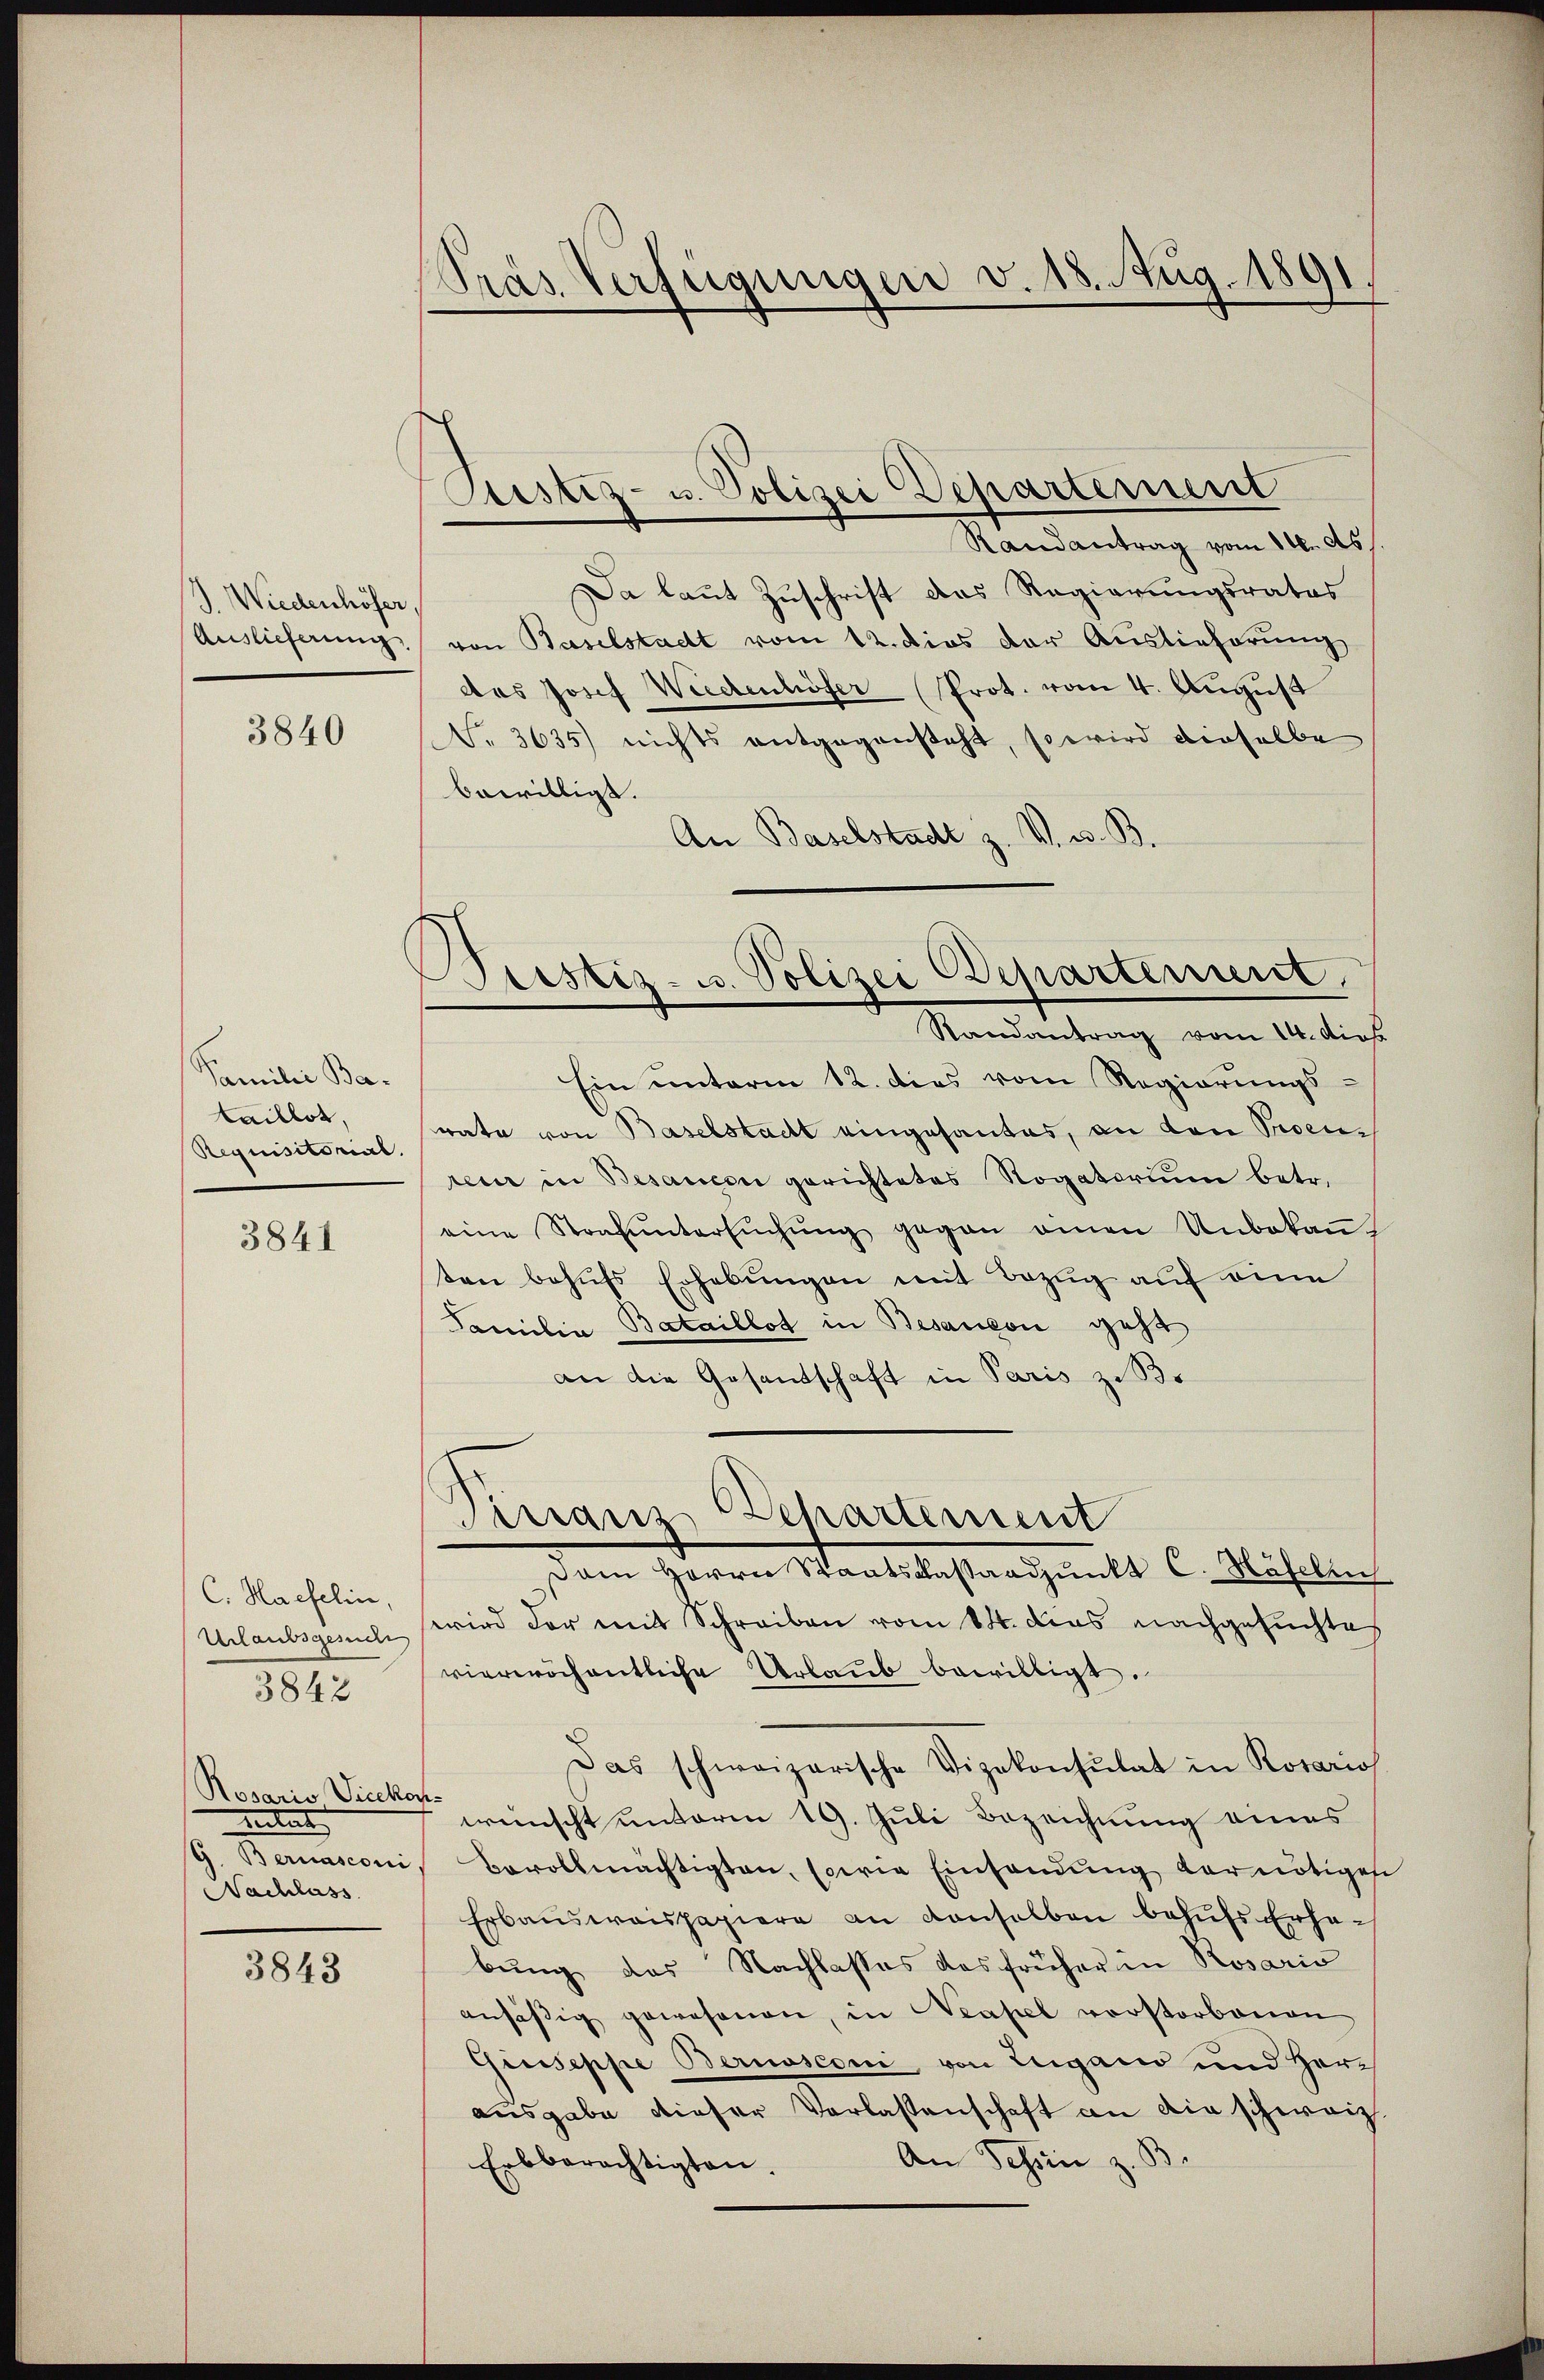
1. Wiedenhöher.
Auslieferung

3840

Familie Bataillot,
Requisitorial.

3841

C. Haefelin,
Urlaubsgesuch
3842

Rosario Vicekons
nitat
G. Bernasconi
Nachlass

3843

Pras Verfügungen v. 18. Aug. 1891

Stistiz- u. Polizei Departement

Pristiz- u. Polizei Departement,

Randantrag vom 14. ds.
Da laut Zuschrift das Regierungsrates
von Baselstadt vom 12. dies der Auslieferung
das Josef Wiechenhöfer Prot. vom 4. August
S. 3635) nichts entgegensteht, so wird derselbe
bewilligt.
An Baselstadt z. V. u. B.
Randantrag vom 14. dies
Ein unterm 12. dies vom Regierungs-
vate von Baselstadt eingesantes, an den Proen-
reur in Besauern gerichtetes Rogatorium betr.
eine Strafuntersŭchŭng gegen einen Unbekaṅ-
ten behŭfs Erhebungen mit Bezug auf eine
Familia Bataillot in Besauceon geht
an die Gesandschaft in Paris z. B.
Pinaus Departement
Dem Herrn Staatskassaadpŭnkt C. Häfelin
wird der mit Schreiben vom 14. das nachgesuchte
vierwöchentliche Urlaub bewilligt.
Das schweizerische Vizekonsulat in Rosario
wünscht unterm 19. Juli Bezeichnung eines
Bevollmächtigten, sowie Einsendung der nötigen
Erbausweispapiere an denselben behŭfs Erha-
bung das Nachlasses des früher in Rosaris
ansäβig gewesenen, in Neapel vorstorbenen
Giuseppe Bernasconi, von Lugano und Herr
ausgabe dieser Verlassenschaft an die schweiz.
An Schein z. B.
Erbberechtigten.